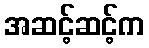
အဆင့်ဆင့်က